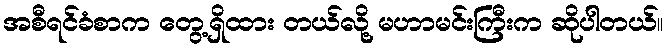
အစီရင်ခံစာက တွေ့ရှိထား တယ်လို့ မဟာမင်းကြီးက ဆိုပါတယ်။